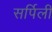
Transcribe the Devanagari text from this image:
सर्पिली